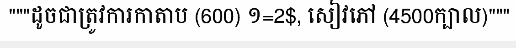
"""ដូចជាត្រូវការកាតាប (600) ១=2$, សៀវភៅ (4500ក្បាល)"""